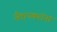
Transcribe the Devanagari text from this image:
जैतापकरांना